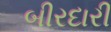
બીરદારી